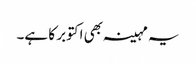
یہ مہینہ بھی اکتوبر کا ہے۔